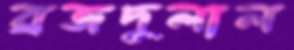
ব্রজদুলাল